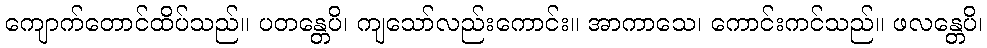
ကျောက်တောင်ထိပ်သည်။ ပတန္တေပိ၊ ကျသော်လည်းကောင်း။ အာကာသေ၊ ကောင်းကင်သည်။ ဖလန္တေပိ၊